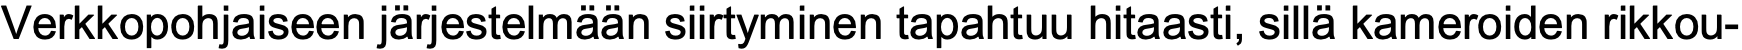
Verkkopohjaiseen järjestelmään siirtyminen tapahtuu hitaasti, sillä kameroiden rikkou-